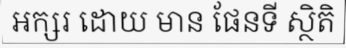
អក្សរ ដោយ មាន ផែនទី ស្ថិតិ